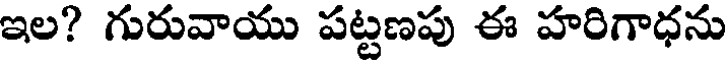
ఇల? గురువాయు పట్టణపు ఈ హరిగాధను